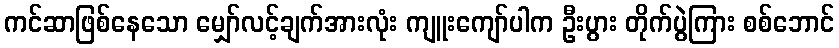
ကင်ဆာဖြစ်နေသော မျှော်လင့်ချက်အားလုံး ကျူးကျော်ပါက ဦးပွား တိုက်ပွဲကြား စစ်ဘောင်